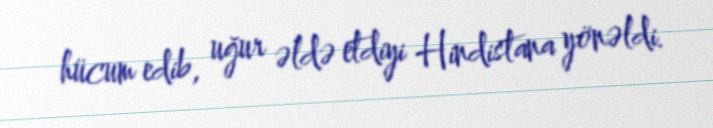
hücum edib, uğur əldə etdiyi Hindistana yönəldi.